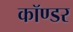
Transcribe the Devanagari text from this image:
कॉण्डर